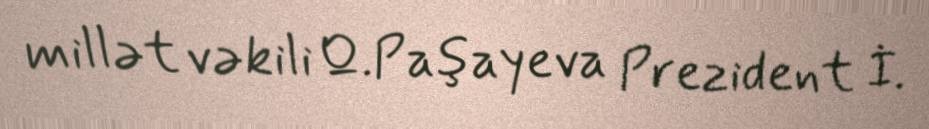
millət vəkili Q.Paşayeva Prezident İ.